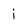
Character: i